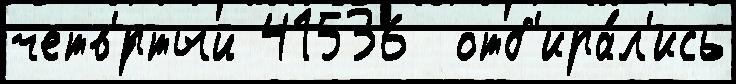
четв'́ртый 41536  отб'ира́л'ись